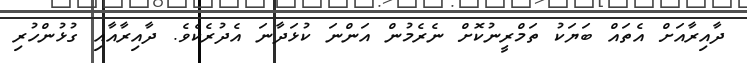
ދާއިރާއަށް އެތައް ބަޔަކު ތަމްރީނުކޮށް ނެރެމުން އަންނަ ކުޅަދާނަ އެދުރެކެވެ. ދާއިރާއާއި ގުޅުންހުރި